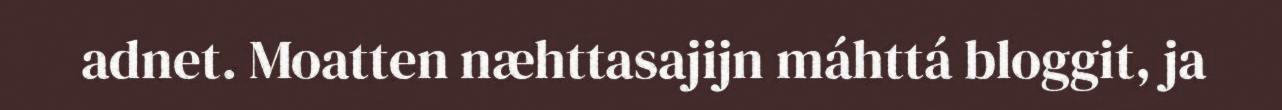
adnet. Moatten næhttasajijn máhttá bloggit, ja